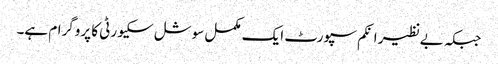
جبکہ بےنظیر انکم سپورٹ ایک مکمل سوشل سکیورٹی کا پروگرام ہے۔